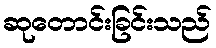
ဆုတောင်းခြင်းသည်